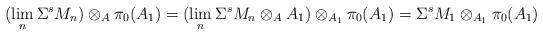
LaTeX: \begin{align*} (\lim_n \Sigma^s M_n)\otimes_A \pi_0(A_1) = (\lim_n \Sigma^s M_n \otimes_{A} A_1 )\otimes_{A_1} \pi_0(A_1)= \Sigma^s M_1 \otimes_{A_1} \pi_0(A_1) \end{align*}